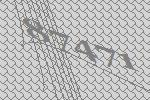
87471